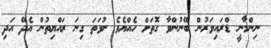
ނިންމާނީ ޑްރައިވަރުން ބޭނުންވާ ގޮތަށް ހެއްޔެވެ ނުވަތަ ގިނަ ރައްޔިތުން އެދޭ އަދި